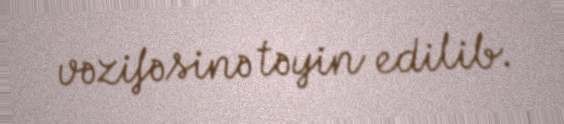
vəzifəsinə təyin edilib.